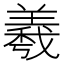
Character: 羲